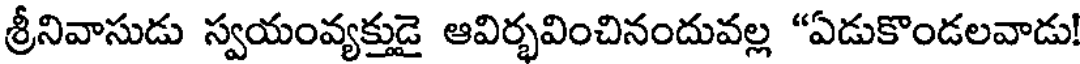
శ్రీనివాసుడు స్వయంవ్యక్తుడై ఆవిర్భవించినందువల్ల "ఏడుకొండలవాడు!